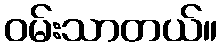
ဝမ်းသာတယ်။